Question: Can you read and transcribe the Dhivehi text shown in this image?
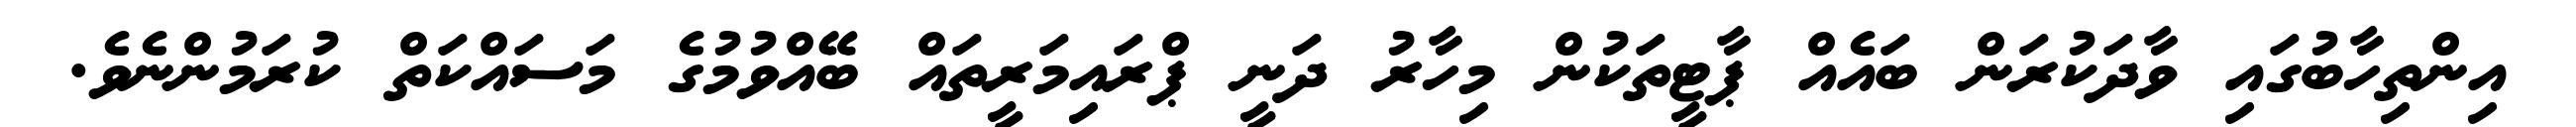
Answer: އިންތިހާބުގައި ވާދަކުރަން ބައެއް ޕާޓީތަކުން މިހާރު ދަނީ ޕްރައިމަރީތައް ބޭއްވުމުގެ މަސައްކަތް ކުރަމުންނެވެ.